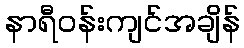
နာရီဝန်းကျင်အချိန်